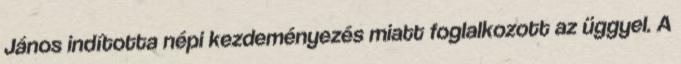
János indította népi kezdeményezés miatt foglalkozott az üggyel. A